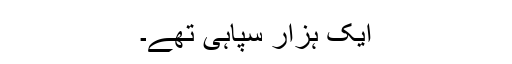
ایک ہزار سپاہی تھے۔